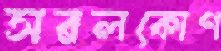
সরলকোণ